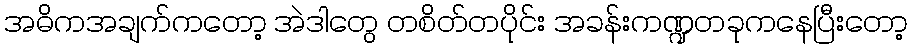
အဓိကအချက်ကတော့ အဲဒါတွေ တစိတ်တပိုင်း အခန်းကဏ္ဍတခုကနေပြီးတော့